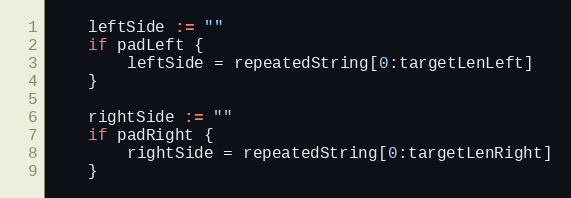
Language: Go
	leftSide := ""
	if padLeft {
		leftSide = repeatedString[0:targetLenLeft]
	}

	rightSide := ""
	if padRight {
		rightSide = repeatedString[0:targetLenRight]
	}